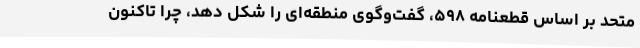
متحد بر اساس قطعنامه ۵۹۸، گفت‌وگوی منطقه‌ای را شکل دهد، چرا تاکنون